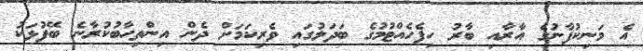
އެ މަނިކުފާނުގެ އާރާއި ބާރު ހިފެހެއްޓުމުގެ ބަދަލުގައި ވެރިކަމަށް ދެން އިންތިހާބުކުރާނެ ބޭފުޅަކު